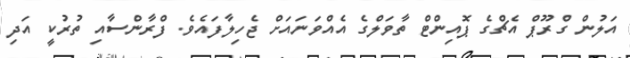
އަލުން ގްރޫޕް އެޗްގެ ޕޮއިންޓް ތާވަލްގެ އެއްވަނައަށް ޖެހިލާފައެވެ. ފްރާންސާއި ތުރުކީ އަދި